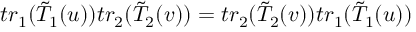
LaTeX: t r _ { 1 } ( \tilde { T } _ { 1 } ( u ) ) t r _ { 2 } ( \tilde { T } _ { 2 } ( v ) ) = t r _ { 2 } ( \tilde { T } _ { 2 } ( v ) ) t r _ { 1 } ( \tilde { T } _ { 1 } ( u ) )